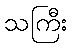
သကြီး